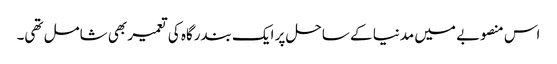
اس منصوبے میں مدنیا کے ساحل پر ایک بندرگاہ کی تعمیر بھی شامل تھی۔